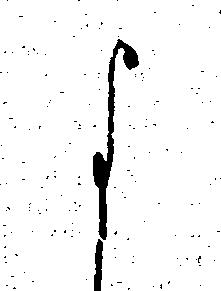
よ